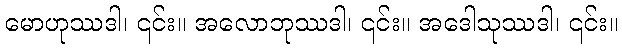
မောဟုဿဒါ၊ ၎င်း။ အလောဘုဿဒါ၊ ၎င်း။ အဒေါသုဿဒါ၊ ၎င်း။